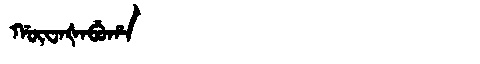
Manchu: ᡤᡡᠸᠠᡧᠠᠪᡠᡥᠠ
Romanization: GŪWAŠABUHA